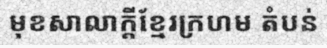
មុខសាលាក្តីខ្មែរក្រហម តំបន់